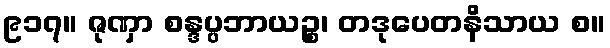
၉၁၇။ ဇုဏှာ စန္ဒပ္ပဘာယဉ္စ၊ တဒုပေတနိသာယ စ။